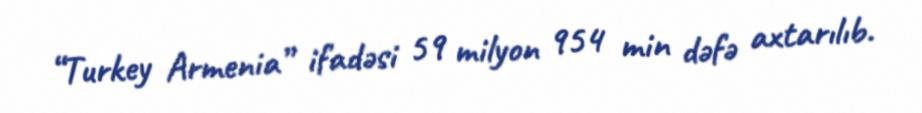
“Turkey Armenia” ifadəsi 59 milyon 954 min dəfə axtarılıb.